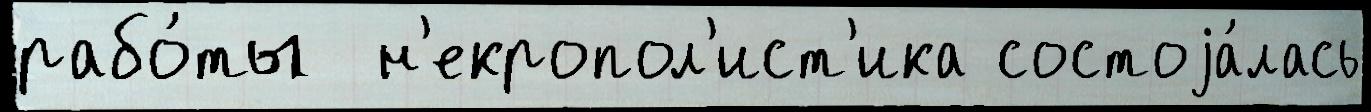
рабо́ты  н'екропол'ист'ика состоjа́лась